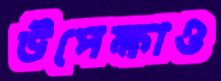
উপেক্ষাও